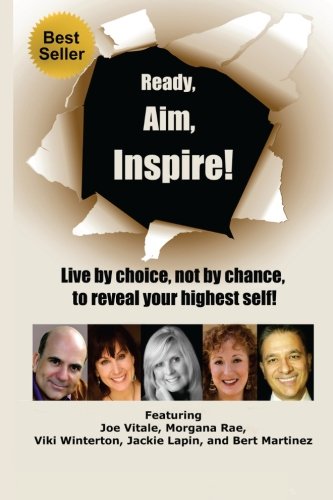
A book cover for Ready, Aim, Inspire!: Live By Choice, Not By Chance, To Reach Your Highest Self; Viki Winterton; Self-Help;